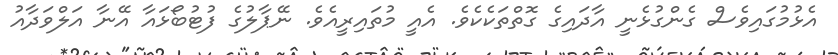
އެޅުމުގައިވެސް ގެންގުޅެނީ އާދައިގެ ގޮތްތަކެކެވެ. އެއީ މުތައިރީއެވެ. ނޭޕާލުގެ ފުޓުބޯޅައާ އޭނާ އަލްވަދާއު